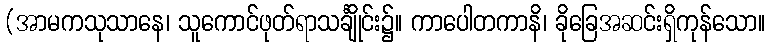
(အာမကသုသာနေ၊ သူကောင်ဖုတ်ရာသင်္ချိုင်း၌။ ကာပေါတကာနိ၊ ခိုခြေအဆင်းရှိကုန်သော။